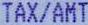
TAX/AMT